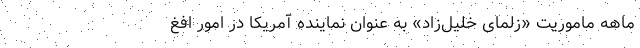
ماهه ماموریت «زلمای خلیل‌زاد» به عنوان نماینده آمریکا در امور افغ